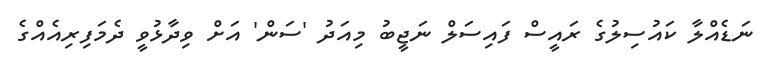
ނަޑެއްލާ ކައުސިލުގެ ރައީސް ފައިސަލް ނަޖީބު މިއަދު 'ސަން' އަށް ވިދާޅުވީ ދެމަފިރިއެއްގެ